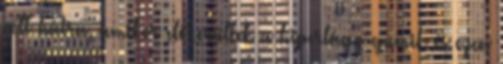
volt hátra, amikor előkerültek a hiperlágy gumik és ezen